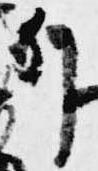
列